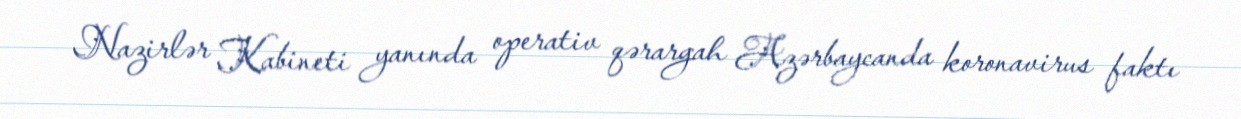
Nazirlər Kabineti yanında operativ qərargah Azərbaycanda koronavirus faktı